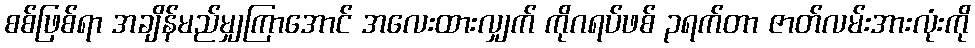
စစ်ဖြစ်ရာ အချိန်မည်မျှကြာအောင် အလေးထားလျှက် ကိုဂရပ်ဖစ် ၃ရက်တာ ဇာတ်လမ်းအားလုံးကို